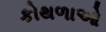
કોથળાઓ